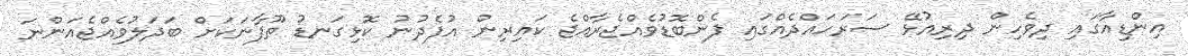
އިންޑިއާގައި ދިވެހިން ދިރިއުޅޭ ސަރަހައްދެއްގައި ފެންބޮޑުވެއްޖެރާއްޖެ ކައިރިން އުފެދުނު ކޮޅިގަނޑު ތޫފާނަކަށް ބަދަލުވެއްޖެއަންނަ